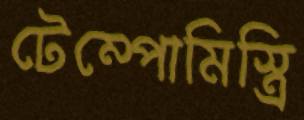
টেম্পোমিস্ত্রি